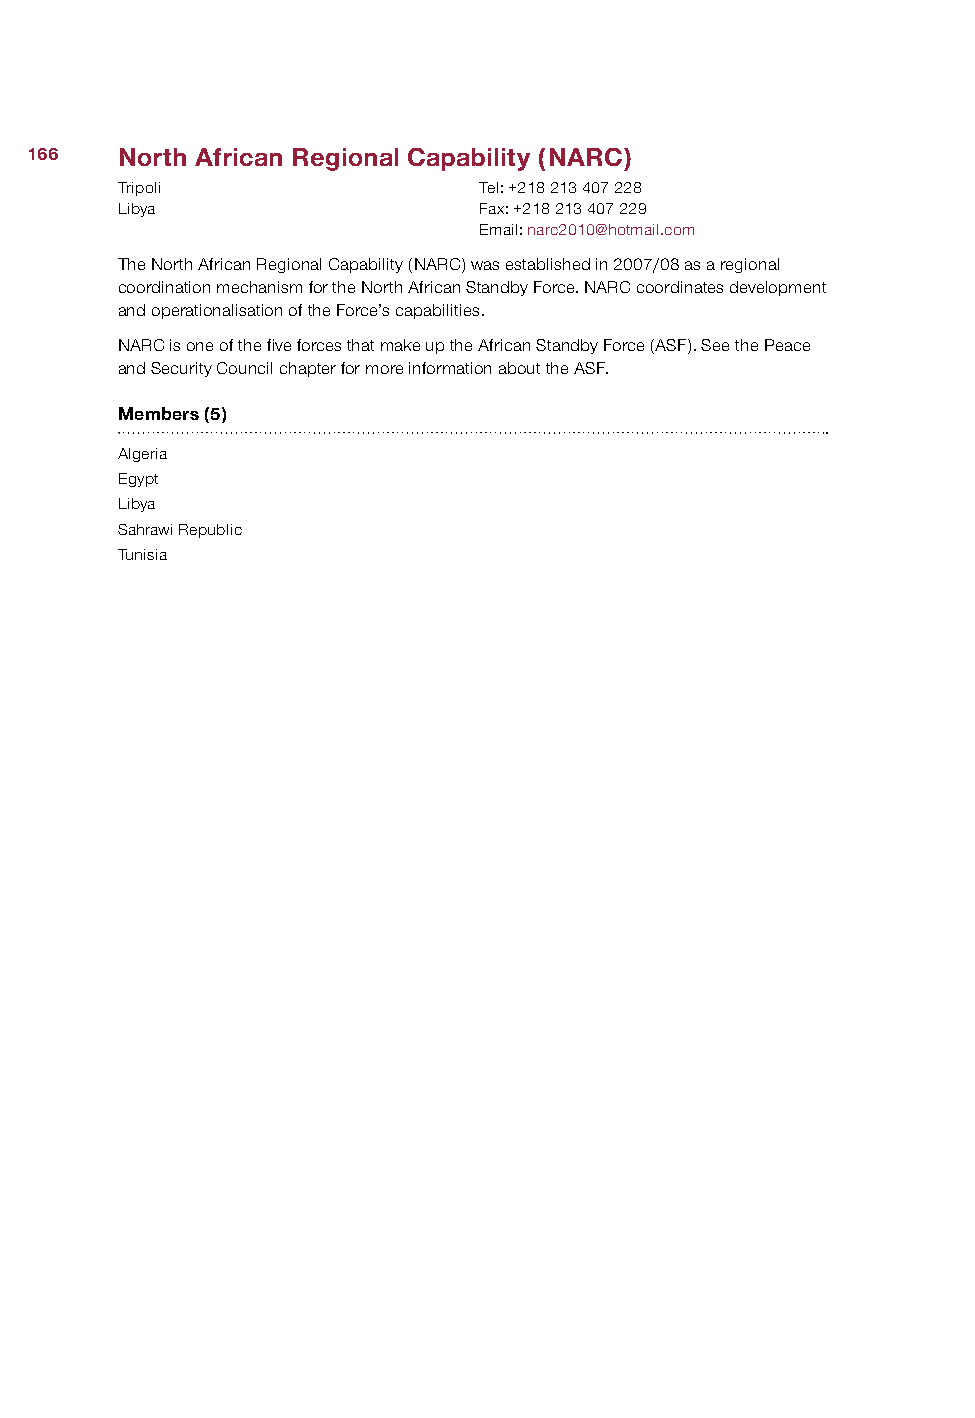
166   North African Regional Capability (NARC)
 Tripoli                 Tel: +218 213 407 228
 Libya                   Fax: +218 213 407 229
 Email: narc2010@hotmail.com
 The North African Regional Capability (NARC) was established in 2007/08 as a regional
 coordination mechanism for the North African Standby Force. NARC coordinates development
 and operationalisation of the Force’s capabilities.
 NARC is one of the five forces that make up the African Standby Force (ASF). See the Peace
 and Security Council chapter for more information about the ASF.
 Members (5)
 Algeria
 Egypt
 Libya
 Sahrawi Republic
 Tunisia